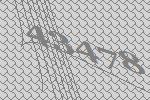
43478